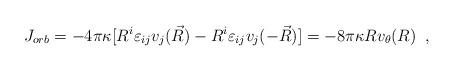
LaTeX: \begin{align*}J_{orb}=-4\pi\kappa[R^{i}\varepsilon_{ij}v_{j}(\vec{R})- R^{i}\varepsilon_{ij}v_{j}(-\vec{R})]= -8\pi\kappa Rv_{\theta}(R) \;\;,\end{align*}